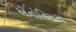
એનોનિમસ